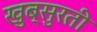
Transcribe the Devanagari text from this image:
खुब्सुरती